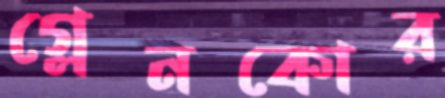
গ্লেনকোর